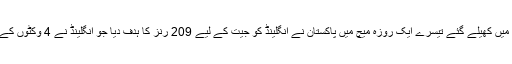
شارجہ کرکٹ گراؤنڈ میں کھیلے گئے تیسرے ایک روزہ میچ میں پاکستان نے انگلینڈ کو جیت کے لیے 209 رنز کا ہدف دیا جو انگلینڈ نے 4 وکٹوں کے نقصان پر پورا کرلیا۔